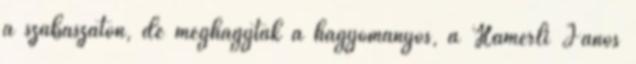
a szabászaton, de meghagyták a hagyományos, a Hamerli János